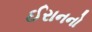
ઈરાનનો